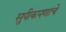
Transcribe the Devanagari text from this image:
सुपीकपणाचे